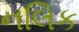
નલિક